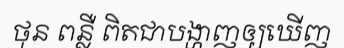
ថុន ពន្លឺ ពិតជាបង្ហាញឲ្យឃើញ